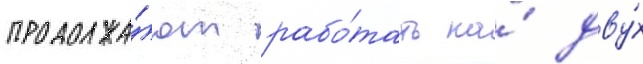
продолжа́ют рабо́тать на́ дву́х